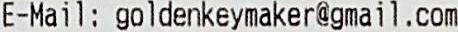
E-MAIL : GOLDENKEYMAKER@GMAIL.COM